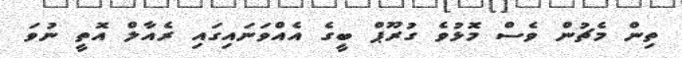
ތިން މެޗުން ވެސް މޮޅުވެ ގުރޫޕް ބީގެ އެއްވަނައިގައި ރެއާލް އޮތީ ނުވަ